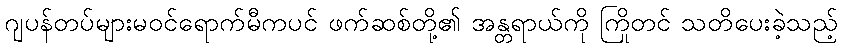
ဂျပန်တပ်များမဝင်ရောက်မီကပင် ဖက်ဆစ်တို့၏ အန္တရာယ်ကို ကြိုတင် သတိပေးခဲ့သည့်